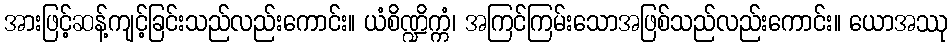
အားဖြင့်ဆန့်ကျင့်ခြင်းသည်လည်းကောင်း။ ယံစိဏ္ဍိက္ကံ၊ အကြင်ကြမ်းသောအဖြစ်သည်လည်းကောင်း။ ယောအဿု